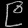
Digit: ၉